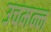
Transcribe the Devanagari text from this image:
उचमन्न